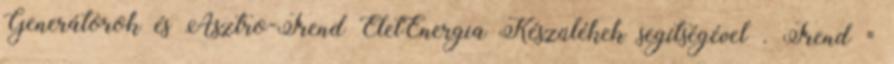
Generátorok és Asztro-Trend ÉletEnergia Készülékek segítségével . Trend =